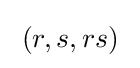
\;(r,s,rs)\;